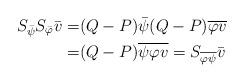
LaTeX: \begin{align*}S_{\bar{\psi}}S_{\bar{\varphi}}\bar{v}=&(Q-P)\bar{\psi}(Q-P)\overline{\varphi v}\\=&(Q-P)\overline{\psi \varphi v}=S_{\overline{\varphi \psi}}\bar{v}\end{align*}